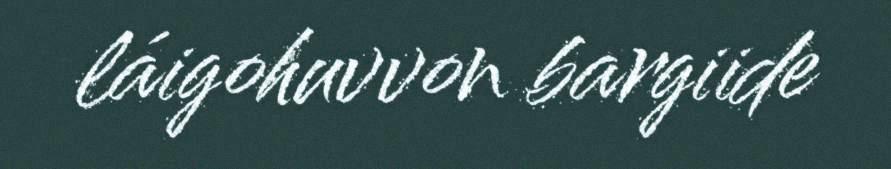
láigohuvvon bargiide